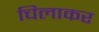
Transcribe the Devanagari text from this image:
चिलाकर